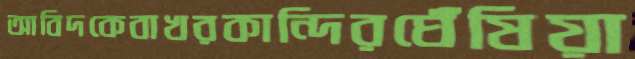
আবিদকেবাখরকান্দিরঘেঁষিয়া